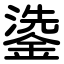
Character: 鍌